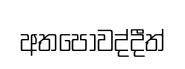
අතපොවද්දීත්